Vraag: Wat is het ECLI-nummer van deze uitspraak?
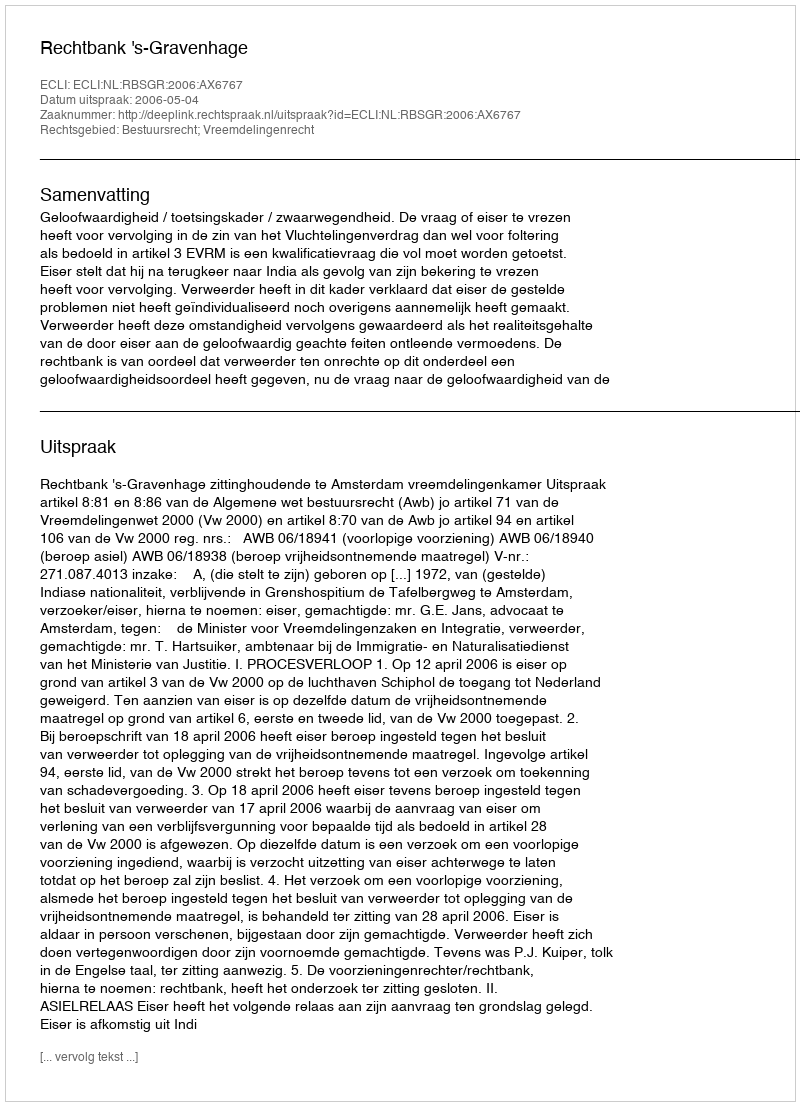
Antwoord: ECLI:NL:RBSGR:2006:AX6767